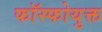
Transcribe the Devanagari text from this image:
फॉस्फोयुक्त